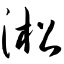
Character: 淞